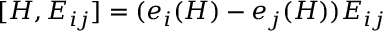
[ H , E _ { i j } ] = ( e _ { i } ( H ) - e _ { j } ( H ) ) E _ { i j }